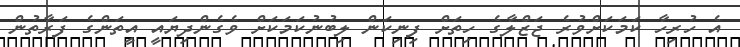
އެ ހުރިހާ ކަމަކަށްވުރެ ޖަޒްލާގެ ހިތަށް ފިނިކަން ލިބުނުކަމަކަށް ވެގެންދިޔައީ އީތަންގެ ފަރާތުން